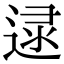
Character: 𨓻